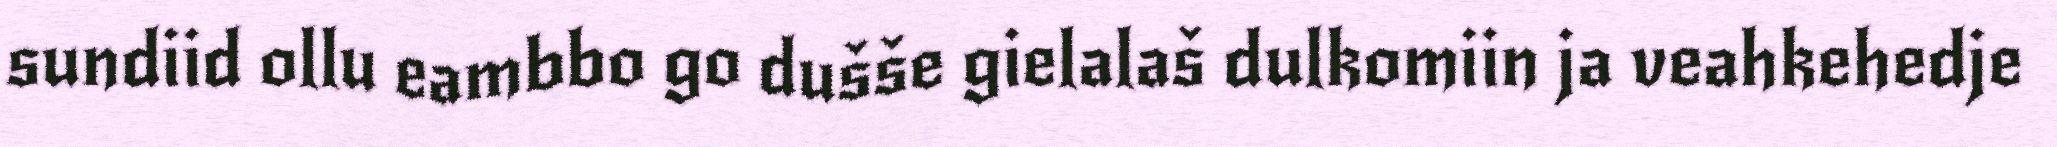
sundiid ollu eambbo go dušše gielalaš dulkomiin ja veahkehedje